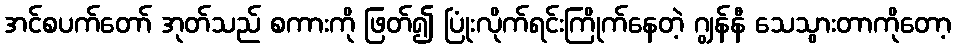
အင်စပက်တော် အုတ်သည် စကားကို ဖြတ်၍ ပြုံးလိုက်ရင်းကြိုက်နေတဲ့ ဂျွန်နီ သေသွားတာကိုတော့